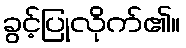
ခွင့်ပြုလိုက်၏။